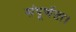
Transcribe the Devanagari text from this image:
संपूर्णता।